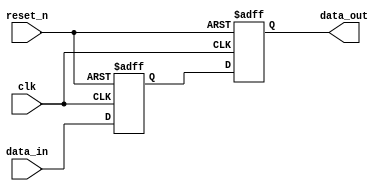
module clock_1_slave_read_request_sync_module (
                                                 clk,
                                                 data_in,
                                                 reset_n,
                                                 data_out
                                              )
;
  output           data_out;
  input            clk;
  input            data_in;
  input            reset_n;
  reg              data_in_d1 ;
  reg              data_out ;
  always @(posedge clk or negedge reset_n)
    begin
      if (reset_n == 0)
          data_in_d1 <= 0;
      else if (1)
          data_in_d1 <= data_in;
    end
  always @(posedge clk or negedge reset_n)
    begin
      if (reset_n == 0)
          data_out <= 0;
      else if (1)
          data_out <= data_in_d1;
    end
endmodule